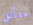
متأنق